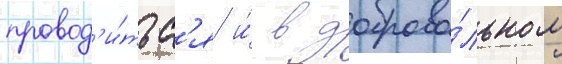
провод'и́тьс'я и́ в доброво́льном